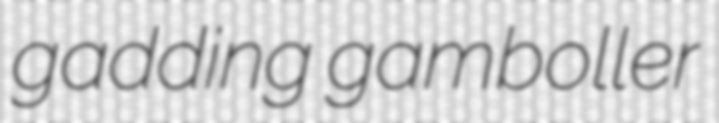
gadding gamboller